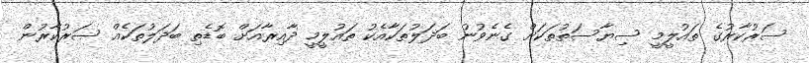
ސަރުކާރުގެ ތައުލީމީ ސިޔާސަތުތަކަށް ގެނެވުނު ބަދަލުތަކާއެކު ތައުލީމީ ދާއިރާއަށް ބޮޑެތި ބަދަލުތަކެއް ސަރުކާރުން